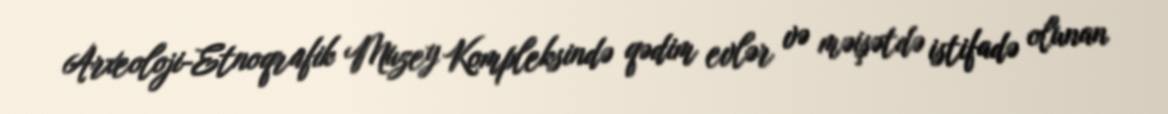
Arxeoloji-Etnoqrafik Muzey Kompleksində qədim evlər və məişətdə istifadə olunan